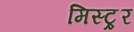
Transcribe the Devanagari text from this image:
मिस्ट्र्र्र्र